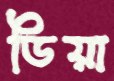
ডিয়া